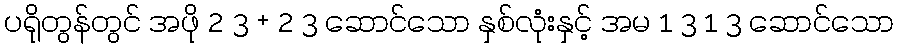
ပရိုတွန်တွင် အဖို 2 3 + 2 3 ဆောင်သော နှစ်လုံးနှင့် အမ 1 3 1 3 ဆောင်သော